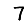
Digit: 7